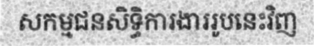
សកម្មជនសិទ្ធិការងាររូបនេះវិញ